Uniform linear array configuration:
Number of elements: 48
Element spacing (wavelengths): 0.25
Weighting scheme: cosine
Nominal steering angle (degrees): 45
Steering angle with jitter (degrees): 44.287
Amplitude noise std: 0.05
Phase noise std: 0.05

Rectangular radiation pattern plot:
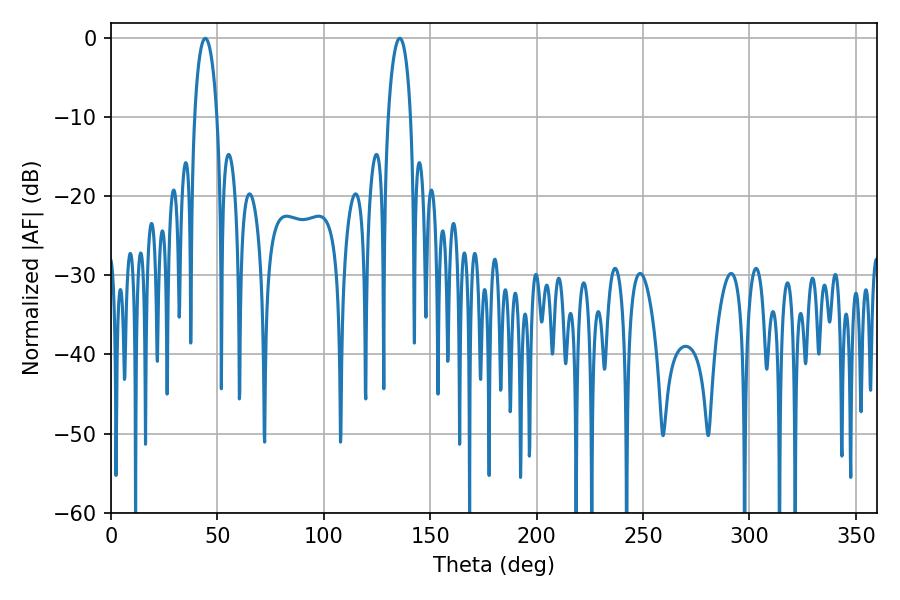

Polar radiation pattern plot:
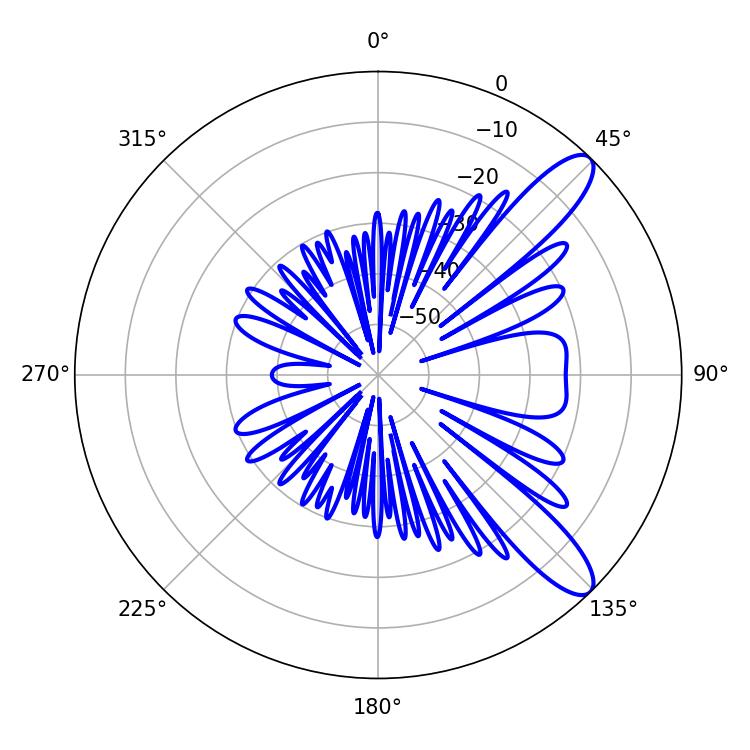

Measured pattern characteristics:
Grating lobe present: FALSE
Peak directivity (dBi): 10.835
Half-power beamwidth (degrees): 5.94
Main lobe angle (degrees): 44.28